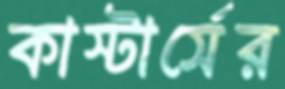
কাস্টার্সের